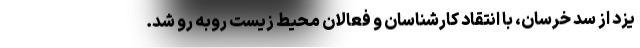
یزد از سد خرسان، با انتقاد کارشناسان و فعالان محیط زیست روبه رو شد.